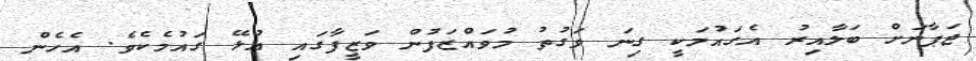
ޖަޕާނަށް ބަލާއިރު އެގައުމަކީ ގިނަ ވަގުތު މުވައްޒަފުން ވަޒީފާގައި އުޅޭ ގައުމެކެވެ. އެހެން